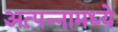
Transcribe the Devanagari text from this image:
अत्‍पन्‍नामध्‍ये